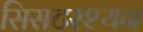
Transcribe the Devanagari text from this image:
सिसटरश्यन